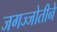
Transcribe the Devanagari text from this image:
जगज्जोतीने